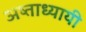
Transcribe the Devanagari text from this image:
अष्ताध्यायी